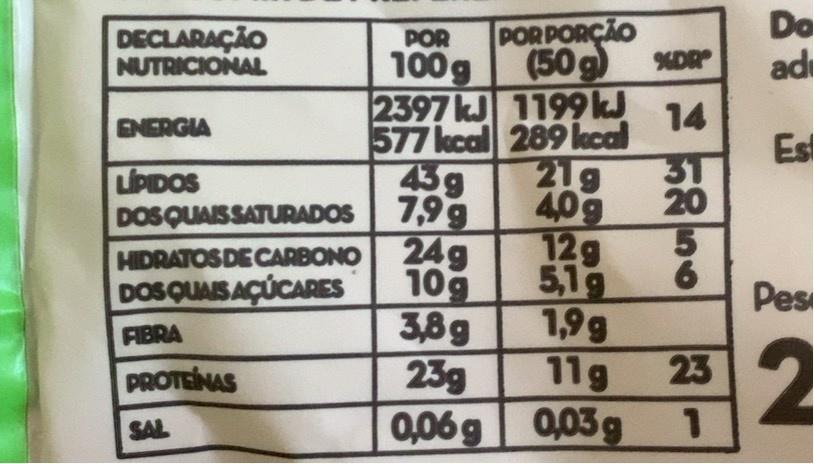
DECLARAÇÃO NUTRICIONAL
POR PORÇÃO %DR
Do adi
POR
(50g 2397 kJ 1199 kJ
100g
14 577 kcal 289 kcal 31
ENERGIA
Es
21g
LIPIDOS DOS QUAISSATURADOS
43g 7,99
20
7,9g 24g 10g 3,8g 23g
40g 12g 5,1g 1,9g
HIDRATOS DE CARBONO DOSQUAIS AÇÚCARES
Pes
FIBRA
11g
232
PROTEINAS
0,06g 0,03g
1
SAL